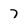
Character: 7